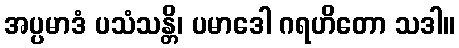
အပ္ပမာဒံ ပသံသန္တိ၊ ပမာဒေါ ဂရဟိတော သဒါ။